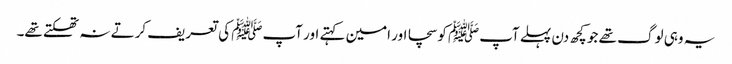
یہ وہی لوگ تھے جو کچھ دن پہلے آپﷺ کو سچا اور امین کہتے اور آپﷺ کی تعریف کرتے نہ تھکتے تھے۔